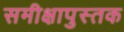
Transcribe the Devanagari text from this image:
समीक्षापुस्तक